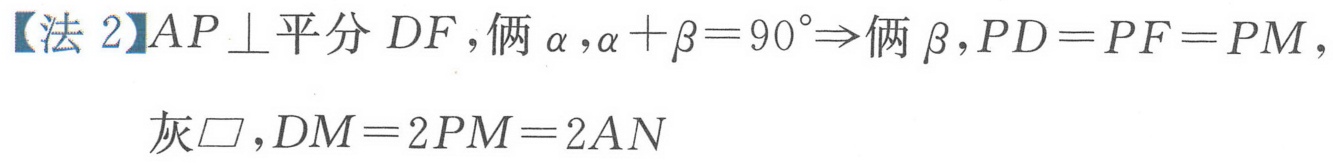
【法 2】\(AP\perp\)平分 \(DF\)，俩 \(\alpha\)，\(\alpha+\beta = 90^{\circ}\Rightarrow\)俩 \(\beta\)，\(PD = PF = PM\)，
灰\(\square\)，\(DM = 2PM = 2AN\)